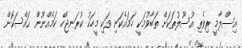
އިސްލާމީ ރިވެތި އުސޫލުތަކަށް ތަބާވުމަކީ ހަމައެކަނި ވަކި މީހަކު ކުރަނޖެހޭ ކަމެއްނޫން ޙައްސަކޮށް